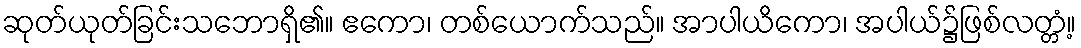
ဆုတ်ယုတ်ခြင်းသဘောရှိ၏။ ဧကော၊ တစ်ယောက်သည်။ အာပါယိကော၊ အပါယ်၌ဖြစ်လတ္တံ့။